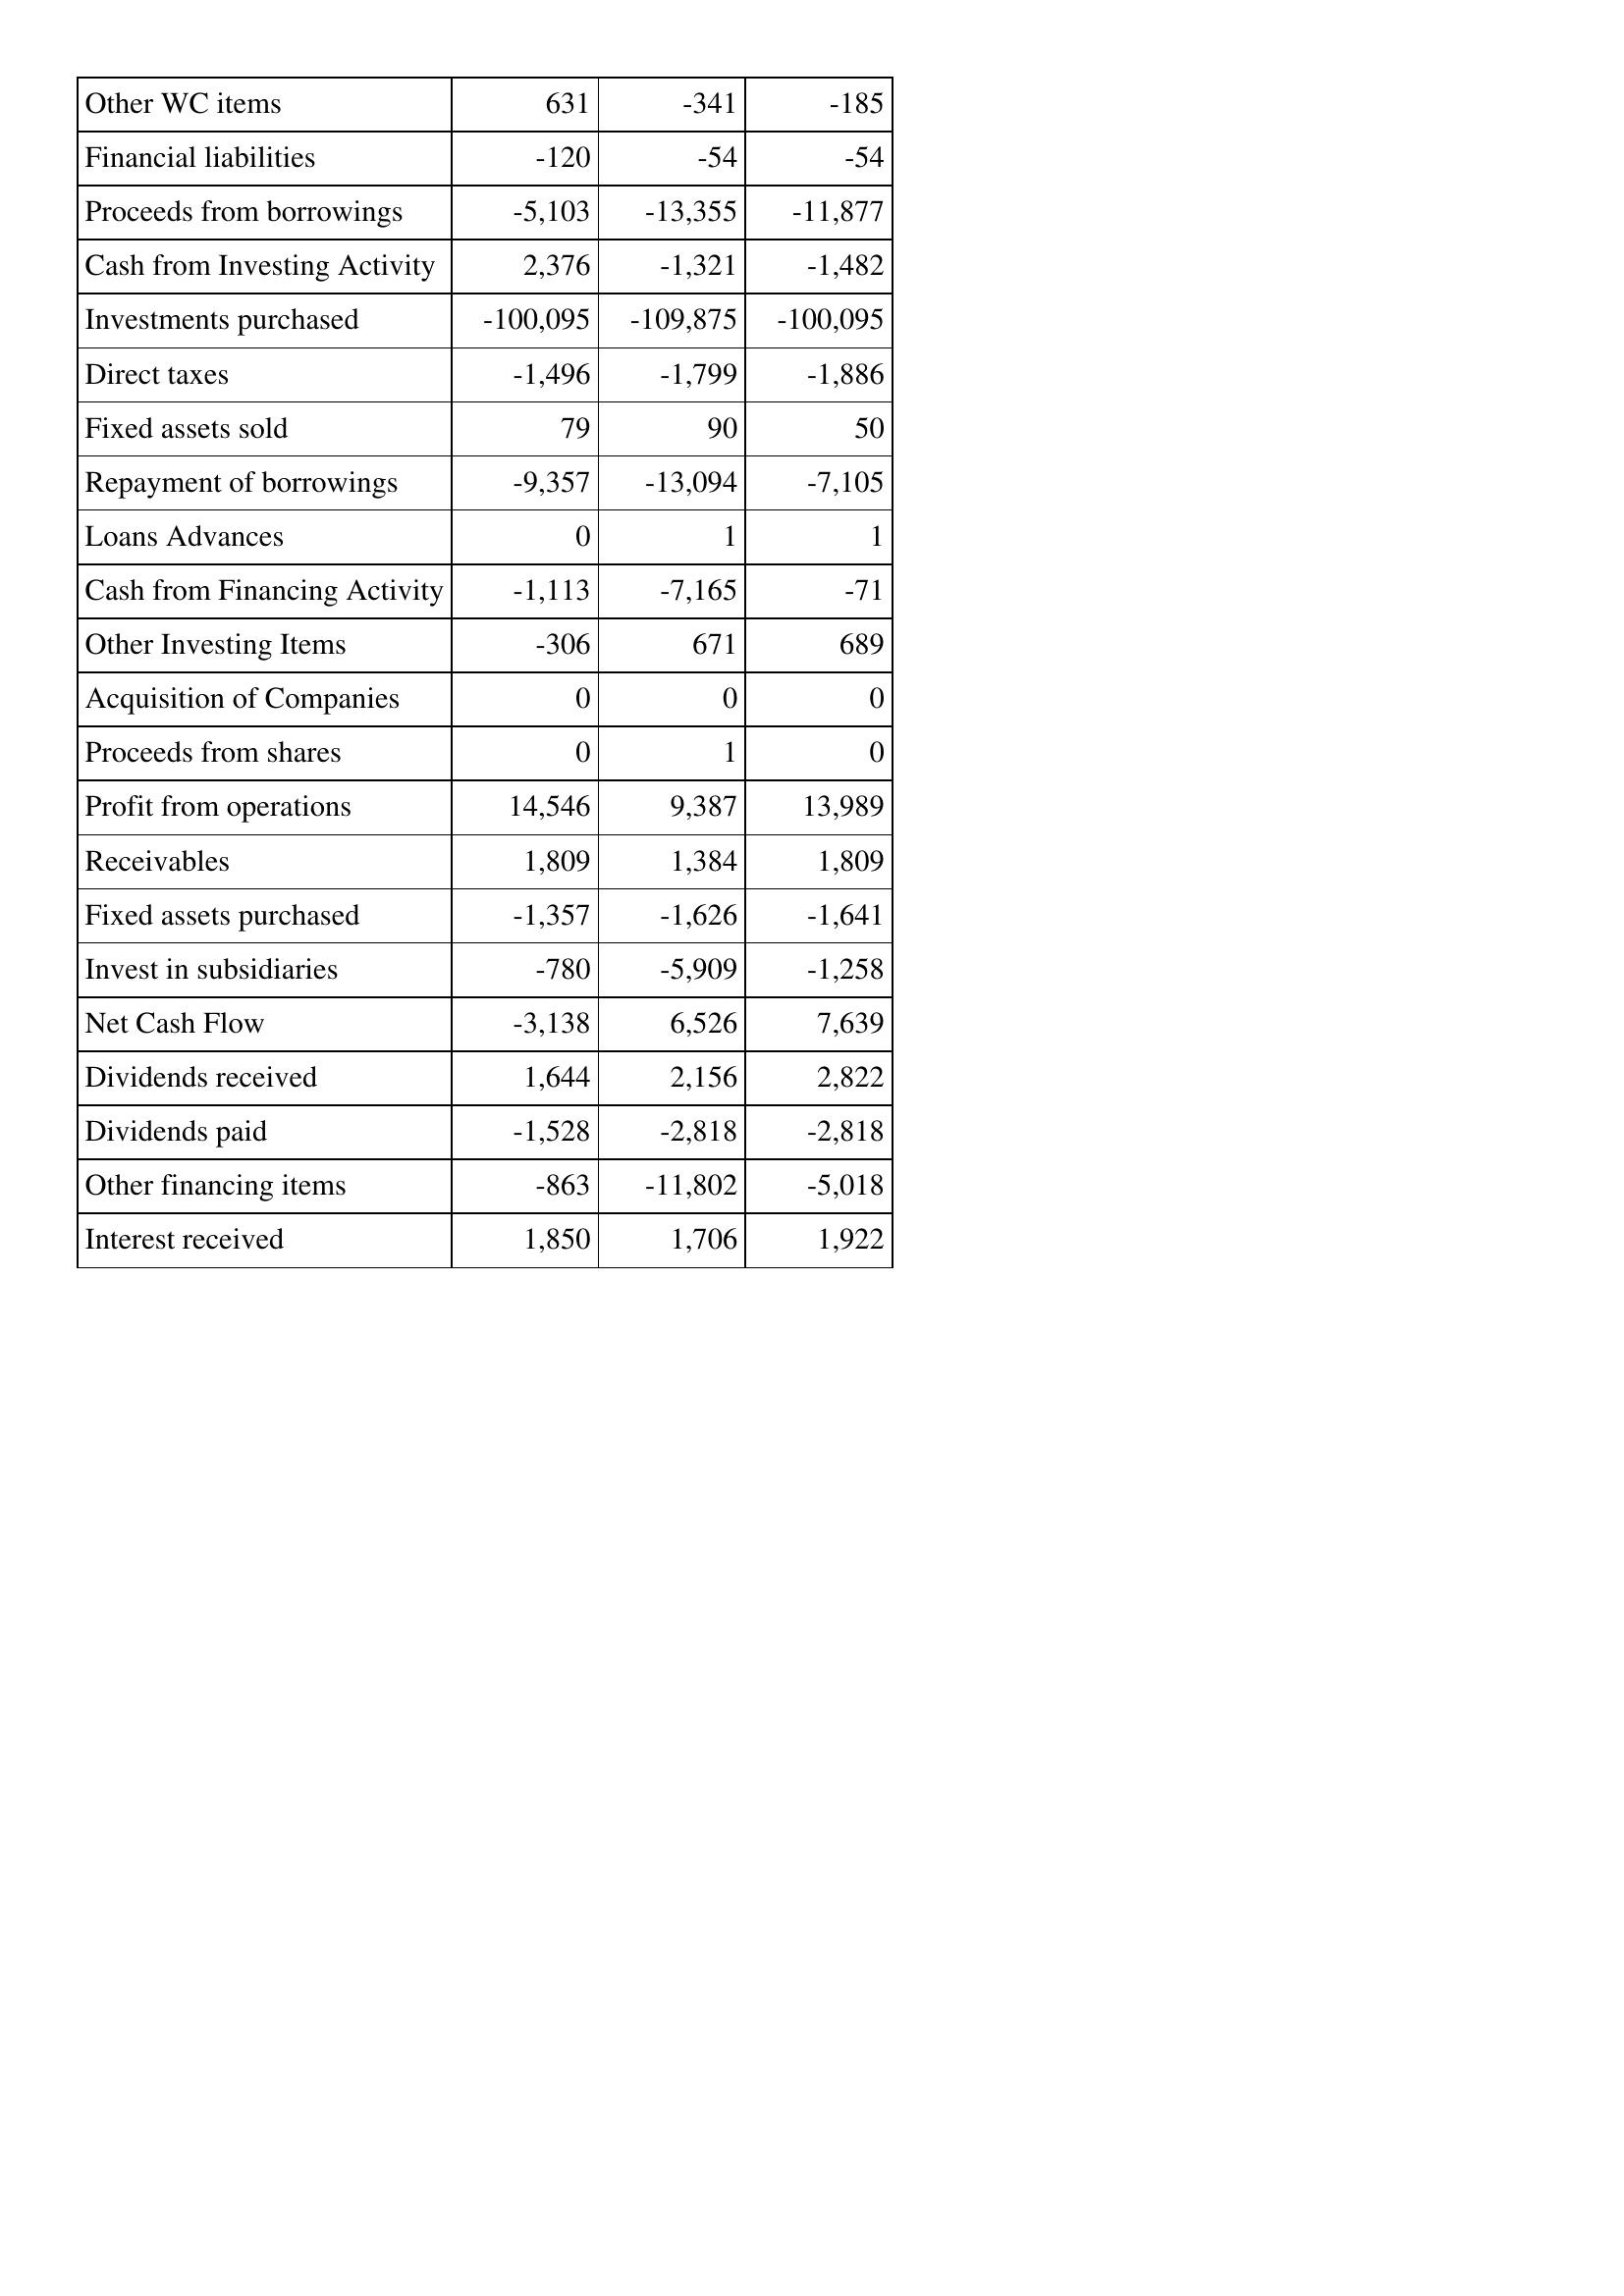
Feb-13: Cash Flows: Other WC items: 631
Financial liabilities: -120
Proceeds from borrowings: -5,103
Cash from Investing Activity: 2,376
Investments purchased: -100,095
Direct taxes: -1,496
Fixed assets sold: 79
Repayment of borrowings: -9,357
Loans Advances: 0
Cash from Financing Activity: -1,113
Other Investing Items: -306
Acquisition of Companies: 0
Proceeds from shares: 0
Profit from operations: 14,546
Receivables: 1,809
Fixed assets purchased: -1,357
Invest in subsidiaries: -780
Net Cash Flow: -3,138
Dividends received: 1,644
Dividends paid: -1,528
Other financing items: -863
Interest received: 1,850
Feb-12: Cash Flows: Other WC items: -341
Financial liabilities: -54
Proceeds from borrowings: -13,355
Cash from Investing Activity: -1,321
Investments purchased: -109,875
Direct taxes: -1,799
Fixed assets sold: 90
Repayment of borrowings: -13,094
Loans Advances: 1
Cash from Financing Activity: -7,165
Other Investing Items: 671
Acquisition of Companies: 0
Proceeds from shares: 1
Profit from operations: 9,387
Receivables: 1,384
Fixed assets purchased: -1,626
Invest in subsidiaries: -5,909
Net Cash Flow: 6,526
Dividends received: 2,156
Dividends paid: -2,818
Other financing items: -11,802
Interest received: 1,706
Feb-11: Cash Flows: Other WC items: -185
Financial liabilities: -54
Proceeds from borrowings: -11,877
Cash from Investing Activity: -1,482
Investments purchased: -100,095
Direct taxes: -1,886
Fixed assets sold: 50
Repayment of borrowings: -7,105
Loans Advances: 1
Cash from Financing Activity: -71
Other Investing Items: 689
Acquisition of Companies: 0
Proceeds from shares: 0
Profit from operations: 13,989
Receivables: 1,809
Fixed assets purchased: -1,641
Invest in subsidiaries: -1,258
Net Cash Flow: 7,639
Dividends received: 2,822
Dividends paid: -2,818
Other financing items: -5,018
Interest received: 1,922